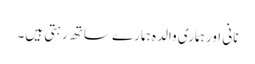
نانی اور ہماری والدہ ہمارے ساتھ رہتی ہیں۔